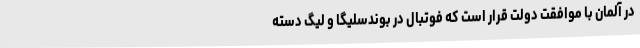
در آلمان با موافقت دولت قرار است که فوتبال در بوندسلیگا و لیگ دسته